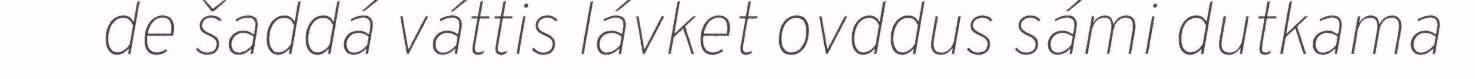
de šaddá váttis lávket ovddus sámi dutkama